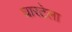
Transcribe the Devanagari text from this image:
घारटेला